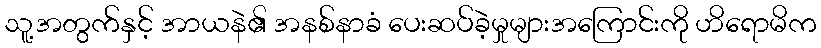
သူ့အတွက်နှင့် အာယနဲ၏ အနစ်နာခံ ပေးဆပ်ခဲ့မှုများအကြောင်းကို ဟိရောမိက